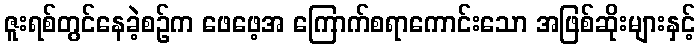
ဇူးရစ်တွင်နေခဲ့စဉ်က ဖေဖေ့အ ကြောက်စရာကောင်းသော အဖြစ်ဆိုးများနှင့်